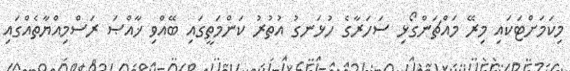
މިކަމަށްޓަކައި މިރޭ މައްޗަންގޯޅި ސަަހަރާގެ ހުޅަނގު އުތުރު ކަންމަތީގައި ބޭއްވި ޚާއްޞަ ރަސްމިއްޔާތެއްގައި